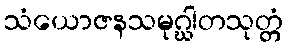
သံယောဇနသမုဂ္ဃါတသုတ္တံ